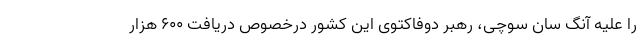
را علیه آنگ سان سوچی، رهبر دوفاکتوی این کشور درخصوص دریافت ۶۰۰ هزار